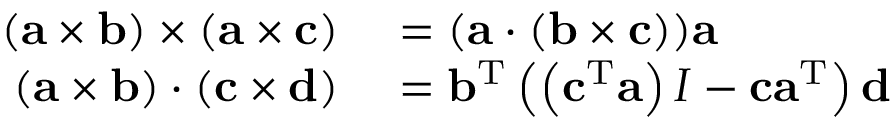
\begin{array} { r l } { ( \mathbf { a } \times \mathbf { b } ) \times ( \mathbf { a } \times \mathbf { c } ) } & { { } = ( \mathbf { a } \cdot ( \mathbf { b } \times \mathbf { c } ) ) \mathbf { a } } \\ { ( \mathbf { a } \times \mathbf { b } ) \cdot ( \mathbf { c } \times \mathbf { d } ) } & { { } = \mathbf { b } ^ { \mathrm { T } } \left( \left( \mathbf { c } ^ { \mathrm { T } } \mathbf { a } \right) I - \mathbf { c } \mathbf { a } ^ { \mathrm { T } } \right) \mathbf { d } } \end{array}